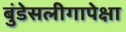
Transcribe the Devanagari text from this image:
बुंडेसलीगापेक्षा